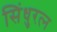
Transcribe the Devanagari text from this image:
सिंधुरत्‍न